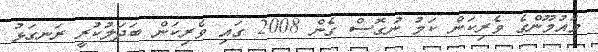
މައުމޫންގެ ވެރިކަން ކަމު ނުގޮސް ގެން 2008 ގައި ވެރިކަން ބަދަލުކުރީ ރަނގަޅު